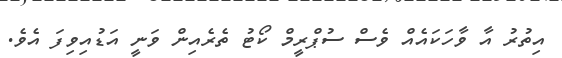
އިތުރު އާ ވާހަކައެއް ވެސް ސުޕްރީމް ކޯޓު ތެރެއިން ވަނީ އަޑުއިވިފަ އެވެ.